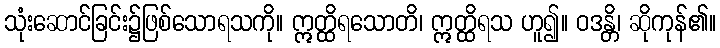
သုံးဆောင်ခြင်း၌ဖြစ်သောရသကို။ ဣတ္ထိရသောတိ၊ ဣတ္ထိရသ ဟူ၍။ ဝဒန္တိ၊ ဆိုကုန်၏။